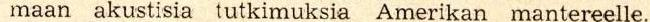
maan akustisia tutkimuksia Amerikan mantereelle.